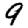
Digit: 9